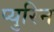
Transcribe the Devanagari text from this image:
प्युरिन